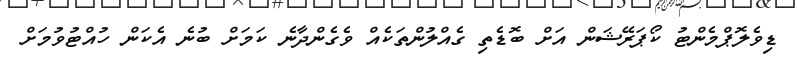
ޑިވެލޮޕްމެންޓު ކޯޕަރޭޝަން އަށް ބޮޑެތި ގެއްލުންތަކެއް ވެގެންދާނެ ކަމަށް ބުނެ އެކަން ހުއްޓުވުމަށް